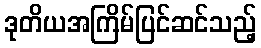
ဒုတိယအကြိမ်ပြင်ဆင်သည့်